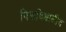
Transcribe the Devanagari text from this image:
विश्वविधालीय